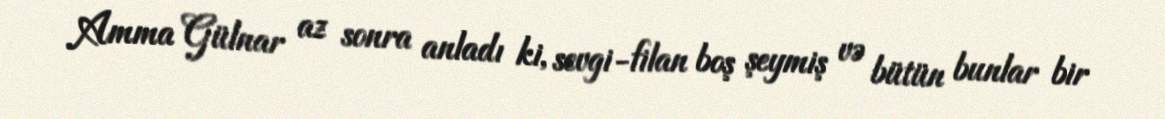
Amma Gülnar az sonra anladı ki, sevgi-filan boş şeymiş və bütün bunlar bir